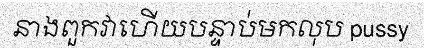
នាងពួកវាហើយបន្ទាប់មកលុប pussy